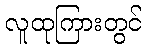
လူထုကြားတွင်